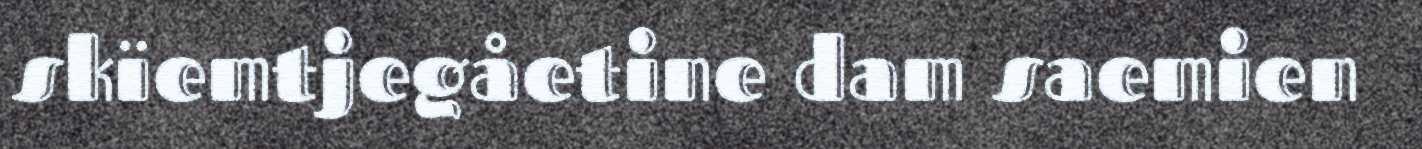
skïemtjegåetine dam saemien